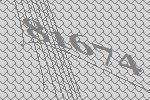
81674